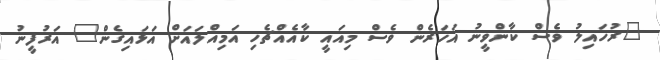
"ރުހައިލު ވެސް ކާންވީނު އަހަރެން ވެސް މިއައީ ކާއެއްޗެހި އަމިއްލައަށް އަޅައިގެން" އަރުފީނު